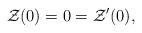
LaTeX: \begin{align*}{\cal Z}(0)=0={\cal Z}'(0),\end{align*}